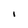
Character: l